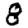
Digit: 8